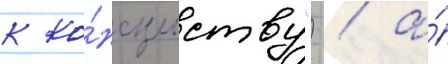
к ко́нсульству") / а́